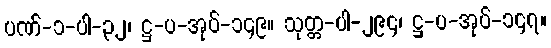
ပဏ်-၁-ပါ-၃၂၊ ဋ္ဌ-ပ-အုပ်-၁၄၉။ သုတ္တ-ပါ-၂၉၄၊ ဋ္ဌ-ပ-အုပ်-၁၄၇။